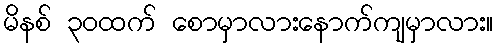
မိနစ် ၃၀ထက် စောမှာလားနောက်ကျမှာလား။